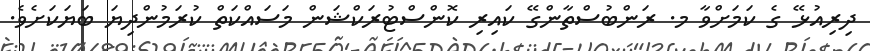
ދިރިއުޅޭ ގެ ކަމަށްވާ މ. ރަންބުސްތާންގޭ ކައިރި ކޮންސްޓުރަކްޝަން މަސައްކަތް ކުރަމުންދިޔަ ބަޔަކަށެވެ.